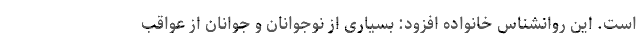
است. این روانشناس خانواده افزود: بسیاری از نوجوانان و جوانان از عواقب